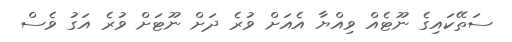
ސަތޭކައިގެ ނޫޓެއް ވިއްޔާ އެއަށް ވުރެ ދަށް ނޫޓަށް ވުރެ އަގު ވެސް